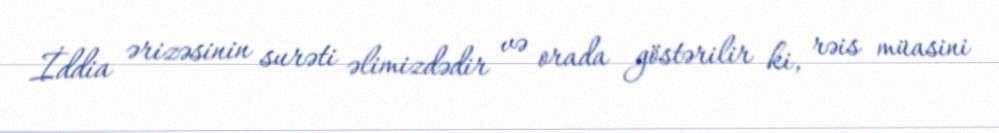
İddia ərizəsinin surəti əlimizdədir və orada göstərilir ki, rəis müasini